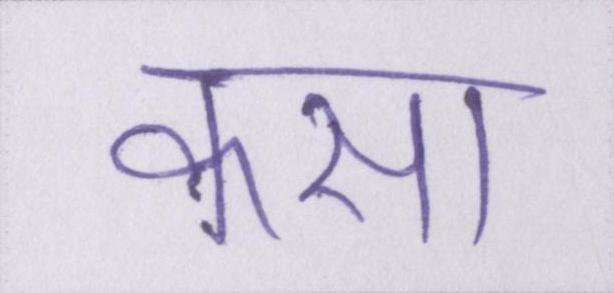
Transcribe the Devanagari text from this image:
कसा